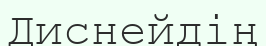
Диснейдің